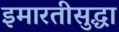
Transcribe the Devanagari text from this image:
इमारतीसुद्धा